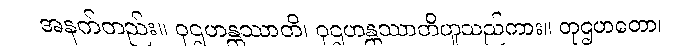
အနက်တည်း။ ဝုဌဟန္တဿာတိ၊ ဝုဌဟန္တဿာတိဟူသည်ကား။ တုဌဟတော၊